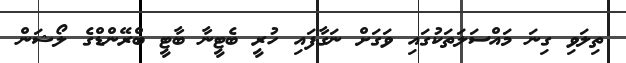
ތިލަވި ގިނަ މައްސަލަތަކުގައި ވަގަށް ނަގާފައި ހުރީ ބެޓީނާ ބާޓީ ބްރޭންޑްގެ ލޯޝަން